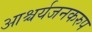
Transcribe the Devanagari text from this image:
आश्चर्यजनकरुप